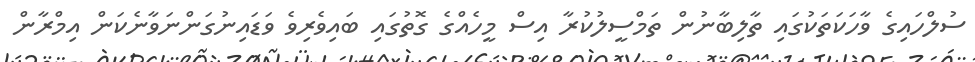
ސުލްހައިގެ ވާހަކަތަކުގައި ތާލިބާނުން ތަމްސީލުކުރާ އިސް މީހެއްގެ ގޮތުގައި ބައިވެރިވެ ވަޑައިނުގަންނަވާނެކަން އިމްރާން